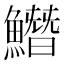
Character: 𩻛